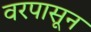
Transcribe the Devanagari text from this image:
वरपासून